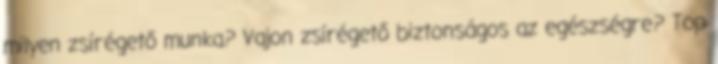
milyen zsírégető munka? Vajon zsírégető biztonságos az egészségre? Top